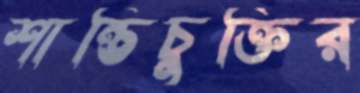
শান্তিচুক্তির